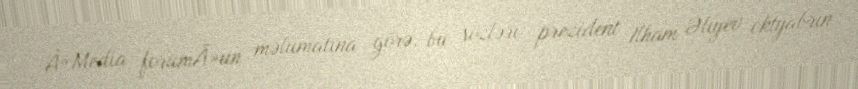
Â«Media forumÂ»un məlumatına görə, bu sözləri prezident İlham Əliyev oktyabrın